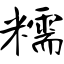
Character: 糯